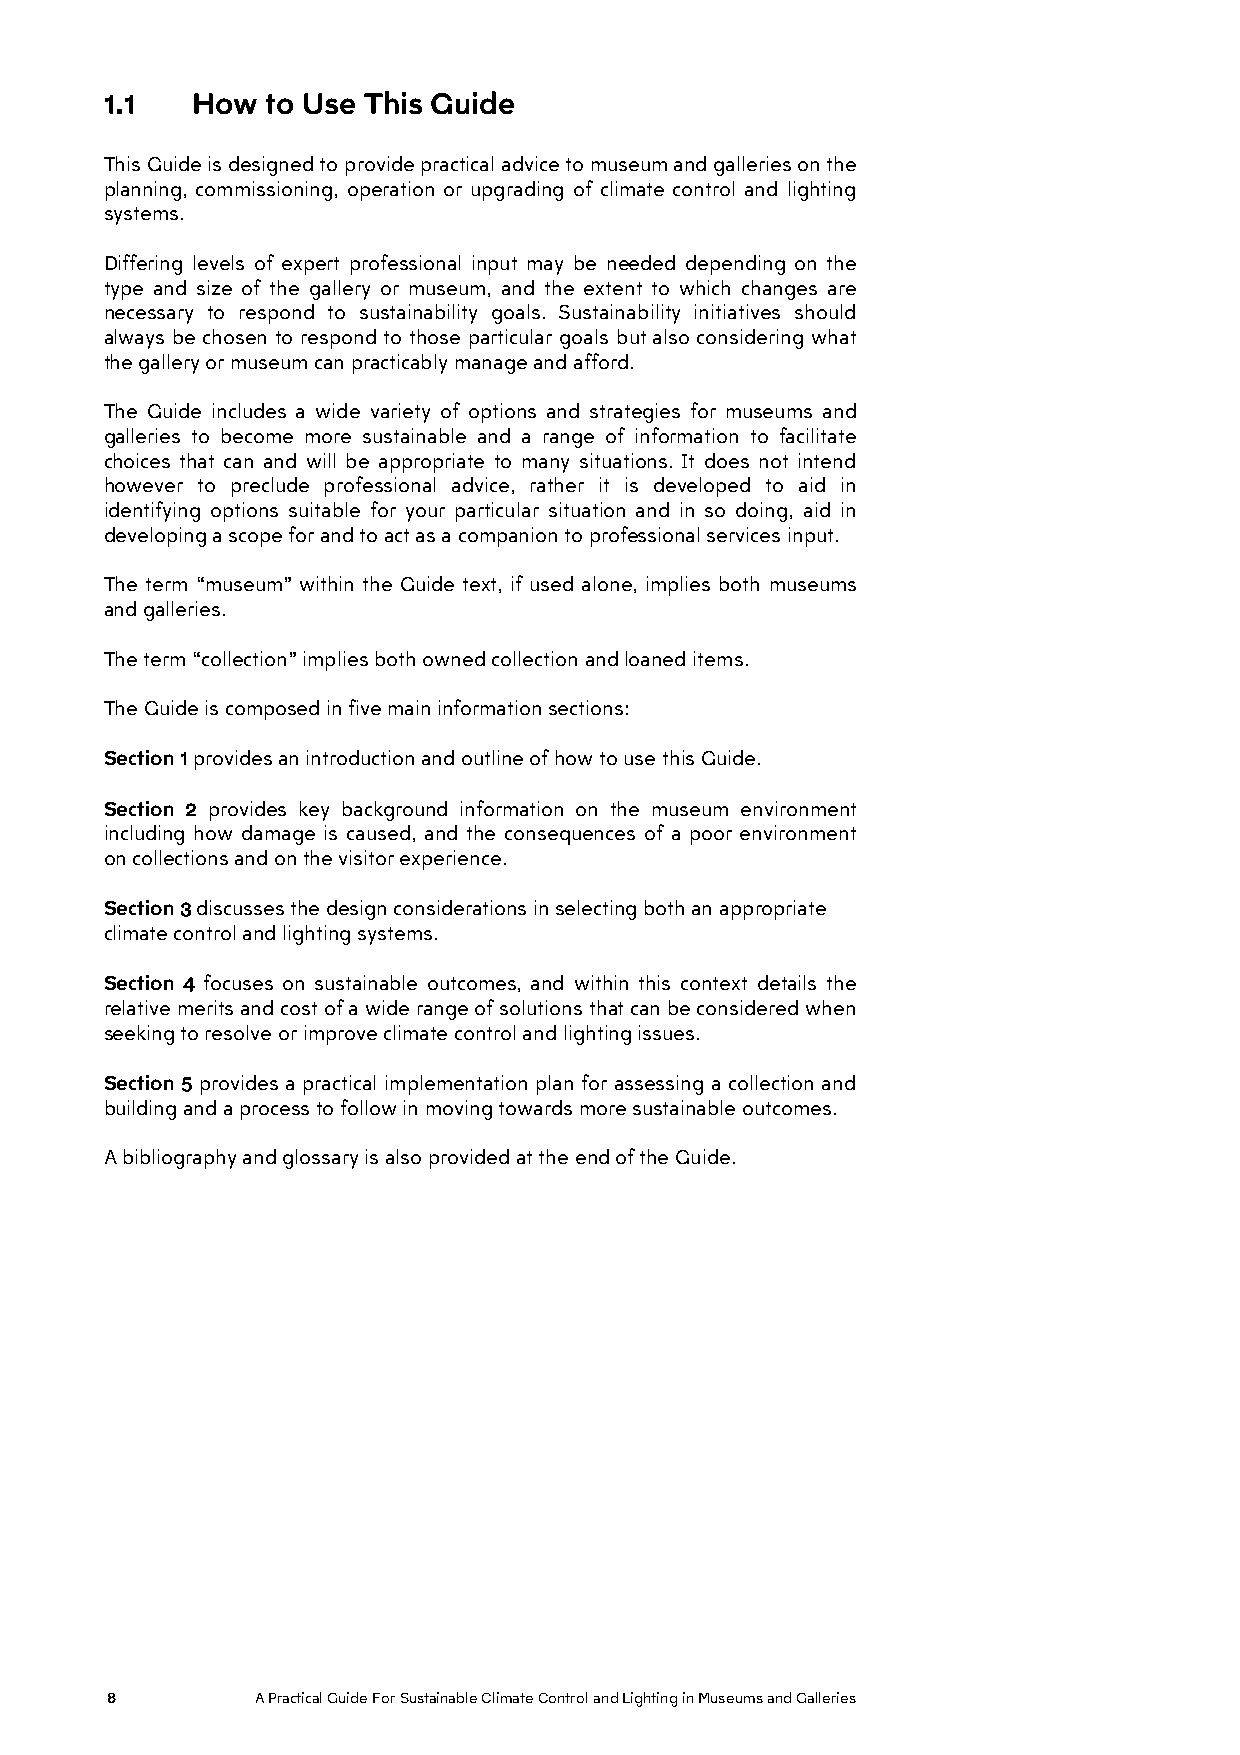
1.1   How  to Use This Guide
 This Guide is designed to provide practical advice to museum and galleries on the
 planning, commissioning, operation or upgrading of climate control and lighting
 systems.
 Differing levels of expert professional input may be needed depending on the
 type and size of the gallery or museum, and the extent to which changes are
 necessary to respond to sustainability goals. Sustainability initiatives should
 always be chosen to respond to those particular goals but also considering what
 the gallery or museum can practicably manage and afford.
 The Guide includes a wide variety of options and strategies for museums and
 galleries to become more sustainable and a range of information to facilitate
 choices that can and will be appropriate to many situations. It does not intend
 however to preclude professional advice, rather it is developed to aid in
 identifying options suitable for your particular situation and in so doing, aid in
 developing a scope for and to act as a companion to professional services input.
 The term “museum” within the Guide text, if used alone, implies both museums
 and galleries.
 The term “collection” implies both owned collection and loaned items.
 The Guide is composed in five main information sections:
 Section 1 provides an introduction and outline of how to use this Guide.
 Section 2 provides key background information on the museum environment
 including how damage is caused, and the consequences of a poor environment
 on collections and on the visitor experience.
 Section 3 discusses the design considerations in selecting both an appropriate
 climate control and lighting systems.
 Section 4 focuses on sustainable outcomes, and within this context details the
 relative merits and cost of a wide range of solutions that can be considered when
 seeking to resolve or improve climate control and lighting issues.
 Section 5 provides a practical implementation plan for assessing a collection and
 building and a process to follow in moving towards more sustainable outcomes.
 A bibliography and glossary is also provided at the end of the Guide.
 8         A Practical Guide For Sustainable Climate Control and Lighting in Museums and Galleries